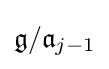
{\mathfrak {g}}/{\mathfrak {a}}_{j-1}